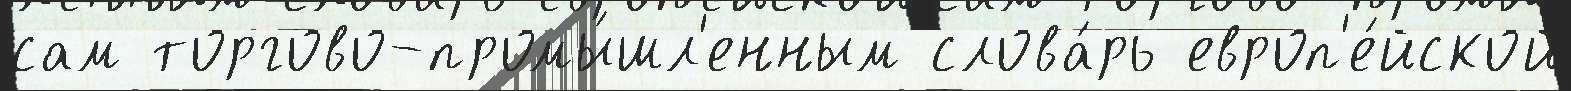
сам торгово-промы́шл'енным слова́рь европ'е́йской